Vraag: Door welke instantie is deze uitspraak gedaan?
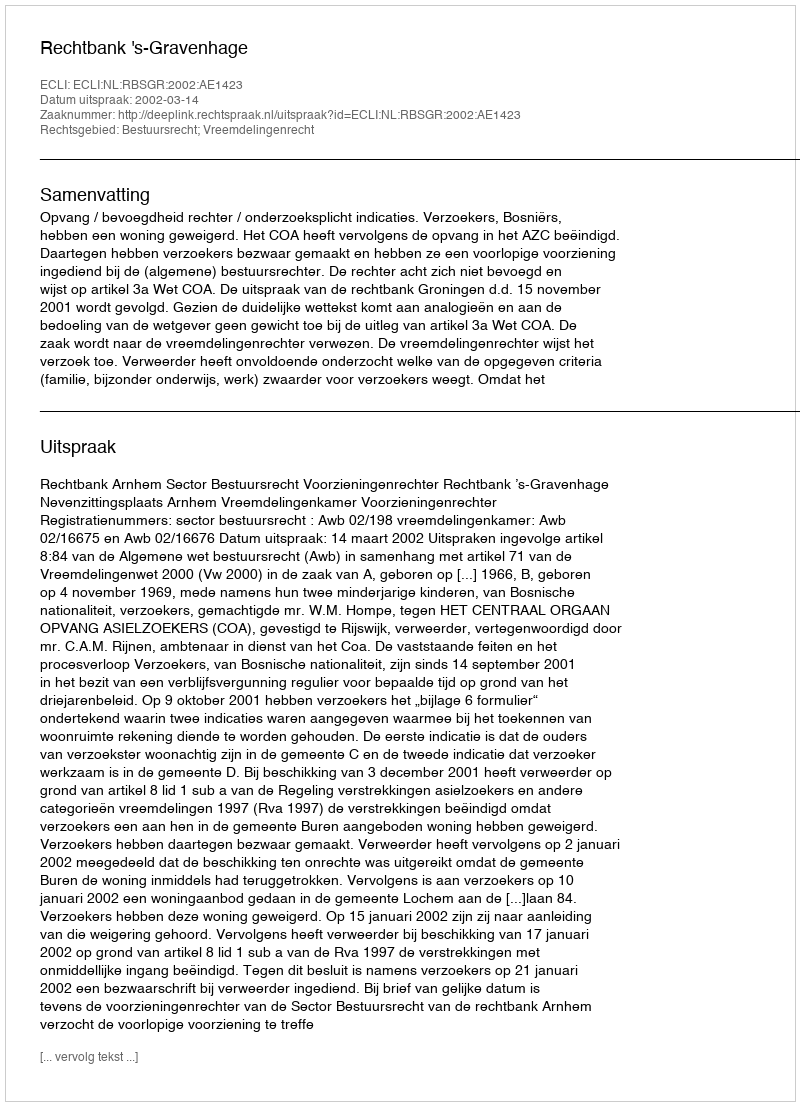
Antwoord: Rechtbank 's-Gravenhage